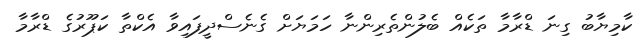
ކާމިޔާބު ގިނަ ޑްރާމާ ތަކެއް ބެލުންތެރިންނާ ހަމަޔަށް ގެނެސްދީފައިވާ އެކްތާ ކަޕޫރުގެ ޑްރާމާ